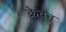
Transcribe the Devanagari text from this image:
क्रेवन